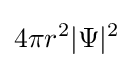
4\pi r^{2}|\Psi |^{2}